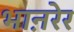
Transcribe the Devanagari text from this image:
भाऩरेर